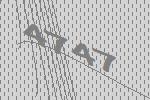
4747